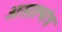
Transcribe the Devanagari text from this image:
असात्मंत्र